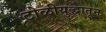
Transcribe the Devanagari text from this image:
टोळीयुद्धातून